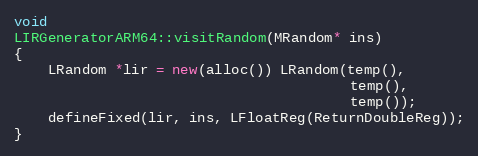
Language: C++
void
LIRGeneratorARM64::visitRandom(MRandom* ins)
{
    LRandom *lir = new(alloc()) LRandom(temp(),
                                        temp(),
                                        temp());
    defineFixed(lir, ins, LFloatReg(ReturnDoubleReg));
}